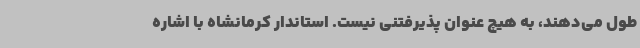
طول می‌دهند، به هیچ عنوان پذیرفتنی نیست. استاندار کرمانشاه با اشاره